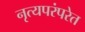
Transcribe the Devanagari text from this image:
नृत्यपरंपरेत